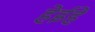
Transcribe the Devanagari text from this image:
हेईहे